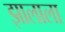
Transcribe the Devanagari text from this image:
झालाला